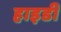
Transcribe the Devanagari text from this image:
हाइडी